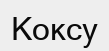
Коксу